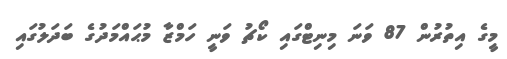
މީގެ އިތުރުން 87 ވަނަ މިނިޓްގައި ކޯޗު ވަނީ ހަމްޒާ މުޙައްމަދުގެ ބަދަލުގައި